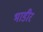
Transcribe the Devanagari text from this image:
भाडीर